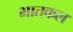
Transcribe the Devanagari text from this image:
भातकल